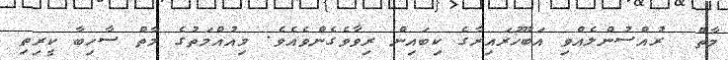
މާތް  ރުއްސުންލެއްވި އަބޫހުރައިރާގެ ކިބައިން ރިވާވެގެންވެއެވެ. މިއުއްމަތުގެ މާތް ސާހިބާ ކީރިތި